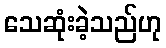
သေဆုံးခဲ့သည်ဟု